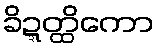
ခိဍ္ဍတ္ထိကော